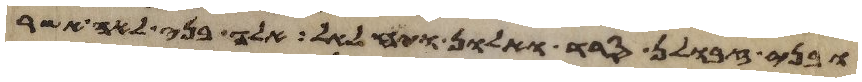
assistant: ובני זבולן סרד ואלון ויחלאל אלה בני לאה אשר